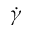
\dot { \gamma }